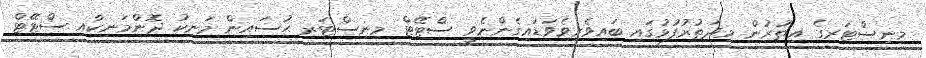
މިނިސްޓަރގެ އިތުރުން މިދަތުރުފުޅުގައި ބައިވެރިވެވަޑައިގެންނެވީ ސްޓޭޓް މިނިސްޓަރ ޙުސައިން މަނިކު ދޮންމަނިކާއި ސްޓޭޓް